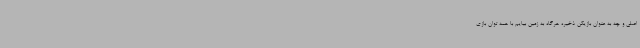
اصلی و چه به عنوان بازیکن ذخیره هرگاه به زمین بیایم با همه توان بازی